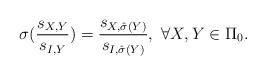
LaTeX: \begin{align*}\sigma(\frac{s_{X,Y}}{s_{I,Y}})=\frac{s_{X,\hat{\sigma}(Y)}}{s_{I,\hat{\sigma}(Y)}}, ~\forall X,Y\in\Pi_0.\end{align*}